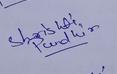
Signature authenticity: genuine